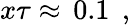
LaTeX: x\tau\approx\, 0.1\, \; ,